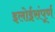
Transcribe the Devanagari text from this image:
इलोईसंपूर्ण